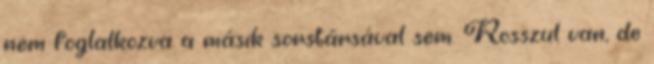
nem foglalkozva a másik sorstársával sem. Rosszul van, de